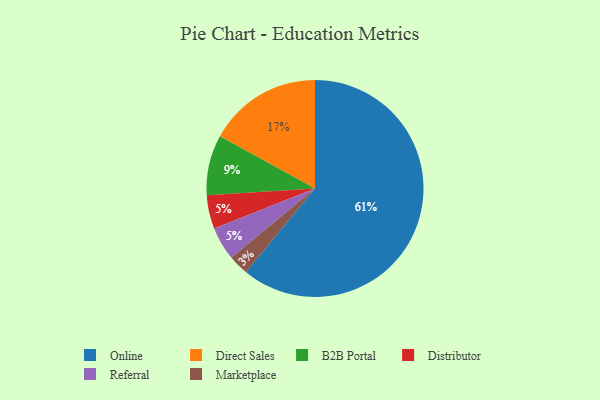
{"axis": {"x": "Category", "y": "Percentage"}, "legend": ["B2B Portal", "Direct Sales", "Distributor", "Marketplace", "Online", "Referral"], "data": [{"x": "Online", "y": 61, "type": "Online"}, {"x": "Distributor", "y": 5, "type": "Distributor"}, {"x": "B2B Portal", "y": 9, "type": "B2B Portal"}, {"x": "Direct Sales", "y": 17, "type": "Direct Sales"}, {"x": "Referral", "y": 5, "type": "Referral"}, {"x": "Marketplace", "y": 3, "type": "Marketplace"}]}